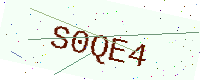
Text: S0QE4